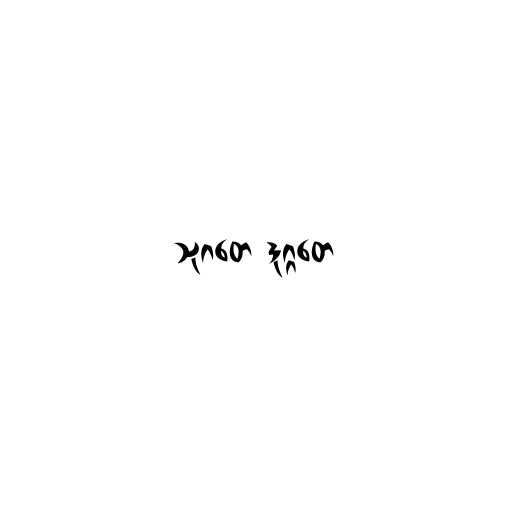
သုဂတေ ဒုဂ္ဂတေ